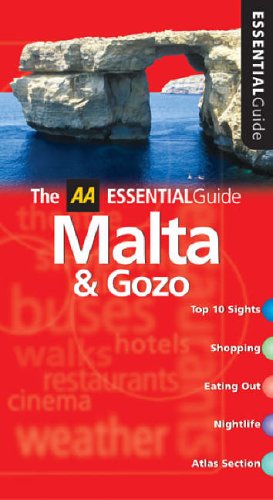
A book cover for AA Essential Malta and Gozo (AA Essential Guide); *             ; Travel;